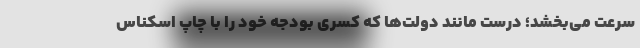
سرعت می‌بخشد؛ درست مانند دولت‌ها که کسری بودجه خود را با چاپ اسکناس